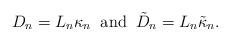
LaTeX: \begin{align*} D_n=L_n\kappa_n\;\;\textrm{and}\;\;\tilde{D}_n=L_n\tilde{\kappa}_n.\end{align*}